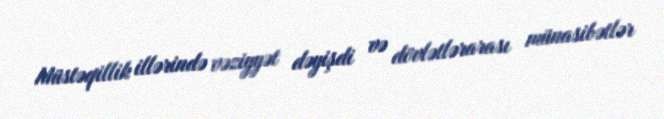
Müstəqillik illərində vəziyyət dəyişdi və dövlətlərarası münasibətlər